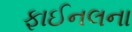
ફાઈનલના